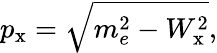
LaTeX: p_{\textrm{x}}=\sqrt{m_{e}^{2}-W_{\textrm{x}}^{2}},